Annual statistical returns and brief notes on vaccination in Bengal - 1887-1898
Year: 1887
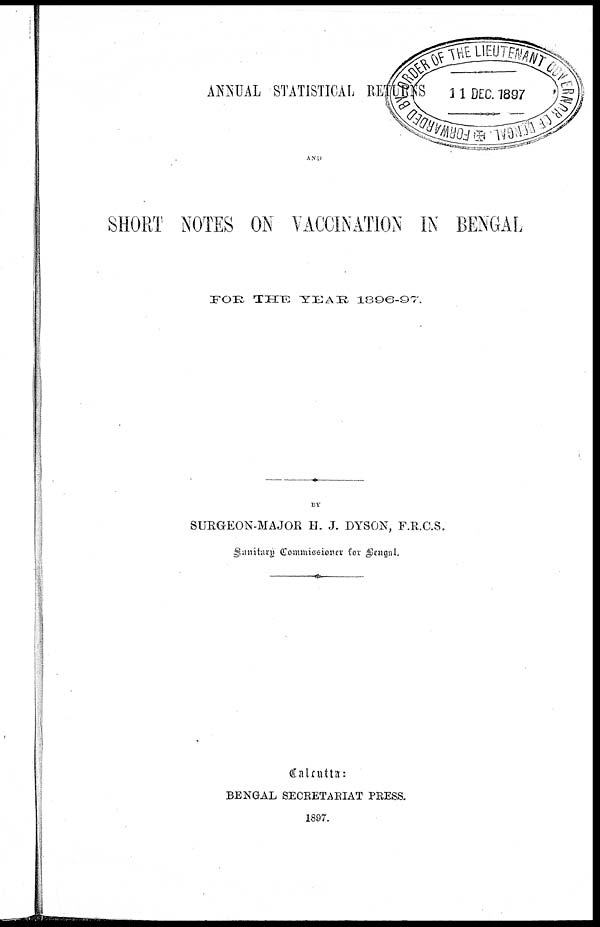
ANNUAL STATISTICAL RETURNS
AND
SHORT NOTES ON VACCINATION IN BENGAL
FOR THE YEAR 1896-97.
BY
SURGEON-MAJOR H. J. DYSON, F.R.C.S,
Sanitary Commissioner for Bengal.
Calcutta:
BENGAL SECRETARIAT PRESS.
1897.